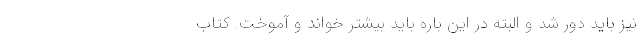
نیز باید دور شد و البته در این باره باید بیشتر خواند و آموخت. کتاب